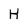
Character: H